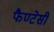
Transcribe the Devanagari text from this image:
फैण्टेसी